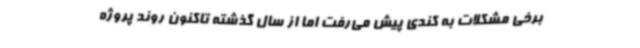
برخی مشکلات به کندی پیش می‌رفت اما از سال گذشته تاکنون روند پروژه